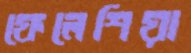
ফেলেশিয়া